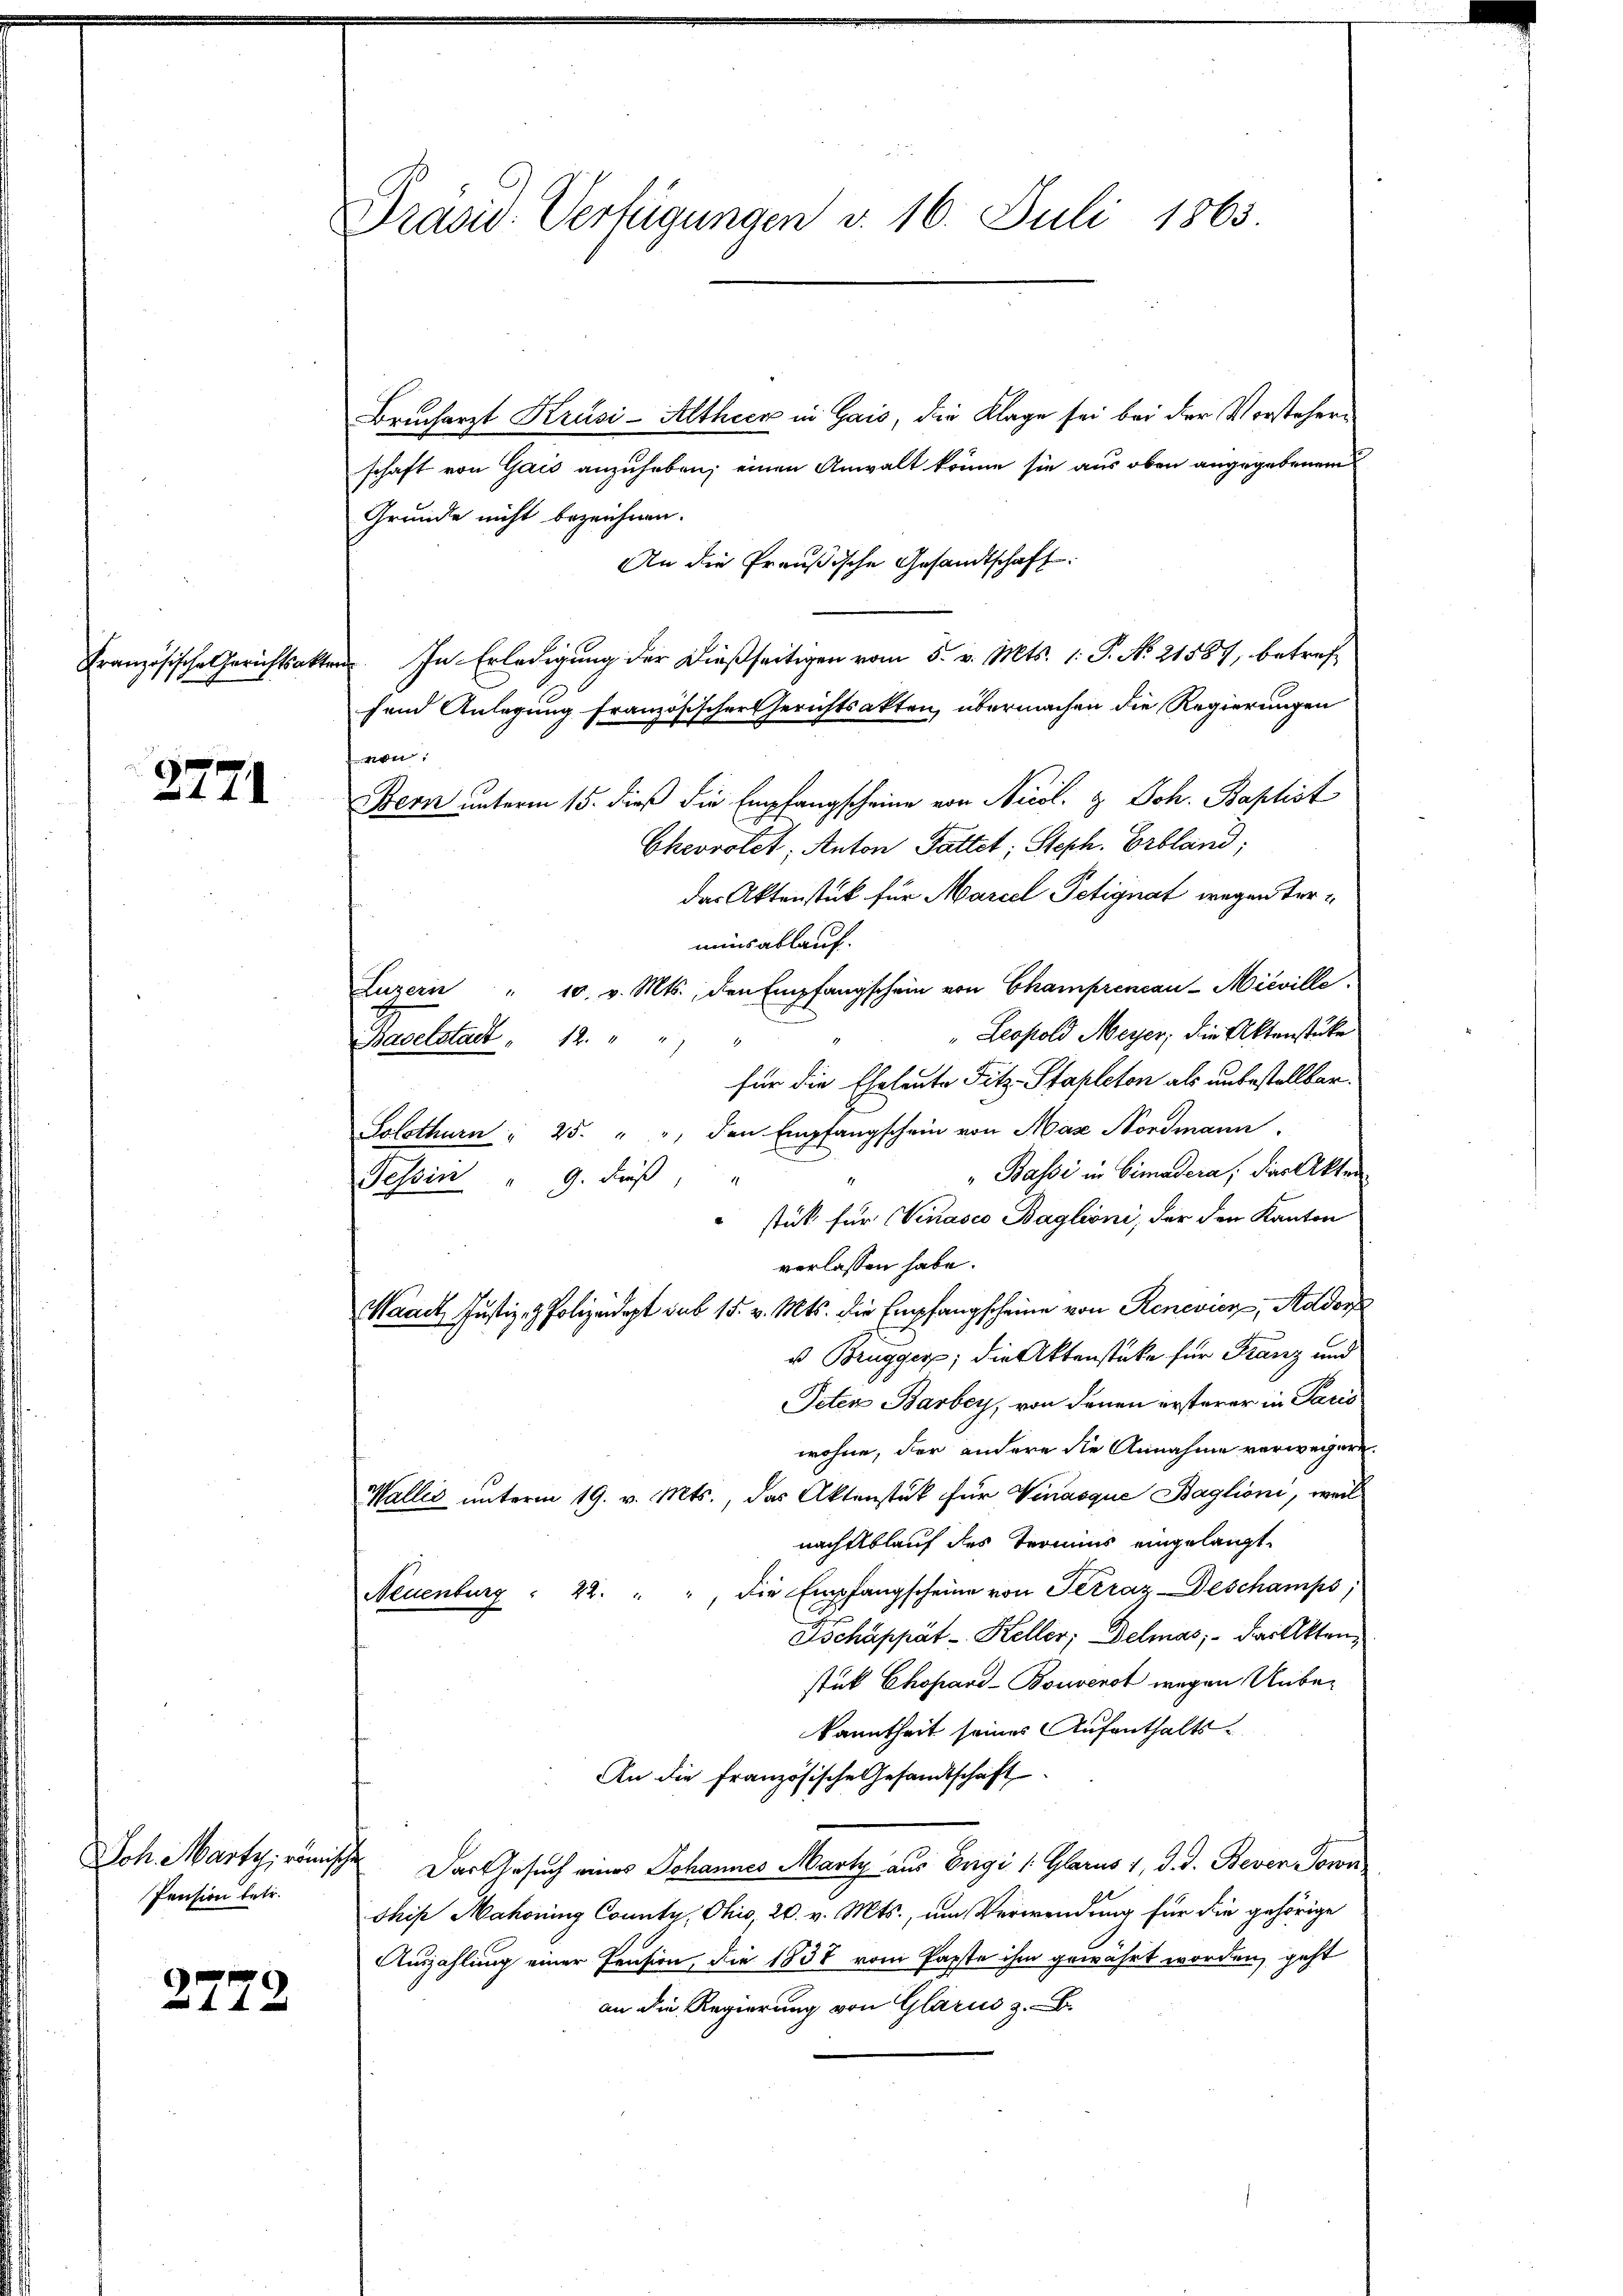
Französische Gerichtsakter

2771.

Pension betr.

2772

Präsid. Verfügungen v. 16. Juli 1863.

Brucharzt Krüsi-Althier in Gais, die Klage sei bei der Vorsteherischaft von Gais anzuheben; einen Anwalt könne sie aus oben angegebenem
Grunde nicht bezeichnen.
An die Preußische Gesandtschaft.
. In Erledigung der dießseitigen vom 5. v. Mts. 1. P. No. 21587, betreffend Anlegung französischer Gerichtsakten, übermachen die Regierungen
t
Bern unterm 15. dieß die Empfangscheine von Nicol. 2. Joh. Baptist
Chevvotet; Anton Pattet; Steph. Erbland;
das Aktenstück für Marcel Petignat wegen Terminsablauf.
Luzern " 10. v. Mts., den Empfangschein von Champrencau-Mieville
" Leopold Meyer, die Aktenstücke
Baselstadt 12.
für die Eheleute Fitz-Pfapleton als unbestellbar.
Solothurn " 25. " " den Empfangschein von Max Nordmann
"Bassi in Cimadera, das Akten
11
Tessin " 9. Fuß,
stück für Ninasco Baglioni, der den Kanton
verlassen habe.
Waadt Justiz- & Polizeidept sub 15. v. Mts. die Empfangscheine von Renevier, Soldorf
u Brugger; die Aktenstücke für Franz und
Peten Barbey, von denen ersterer in Paris
wohne, der andere die Annahme verwegern.
Waller unterm 19. v. Mts., das Aktenstät für Vinasque Baglioni, weil
nach blauf des Termins eingelangt,
Neuenburg " 22. " " die Empfangscheine von Terraz Deschamps;
Ascháppät - Keller; Delmas, das Akten,
stük Chopard-Bouverst wegen Unber
kanntheit seines Aufenthalts-
An die französische Gesandtschaft
Joh. Marty, römischen. Das Gesuch eines Johannes Marty aus Eigi (: Glarus 1, d. d. Beven Sowa
Thip Mahoning County, Ohio, 20. v. Mts., um Verwendung für die gehörige
Auszahlung einer Pension, die 1837 vom Papste ihm gewährt worden, geht
an die Regierung von Glarus z. B.